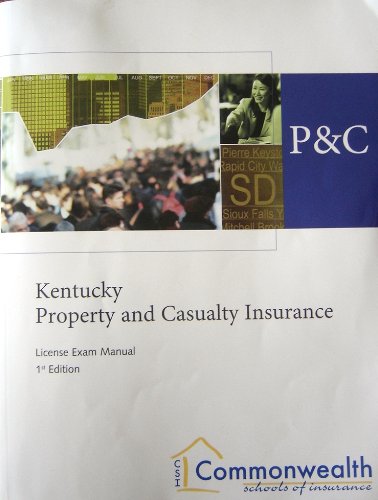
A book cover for Kentucky Property and casualty Insurance: License Exam Manual; Commonwealth Schools of Insurance; Business & Money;